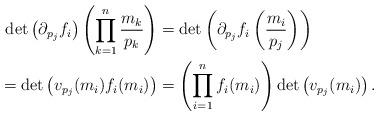
LaTeX: \begin{align*} \det\left( \partial_{p_j} f_i \right)\left( \prod_{k=1}^n \frac{m_k}{p_k} \right) &= \det\left( \partial_{p_j}f_i\left( \frac{m_i}{p_j}\right) \right)\\ = \det\left( v_{p_j}(m_i)f_i(m_i) \right) &= \left(\prod_{i=1}^n f_i(m_i) \right)\det\left( v_{p_j}(m_i) \right). \end{align*}